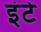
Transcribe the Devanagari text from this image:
इंटे